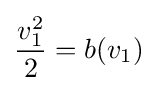
{\frac {v_{1}^{2}}{2}}=b(v_{1})